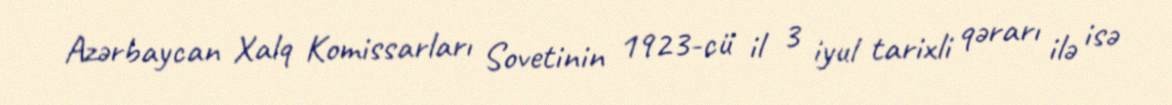
Azərbaycan Xalq Komissarları Sovetinin 1923-cü il 3 iyul tarixli qərarı ilə isə